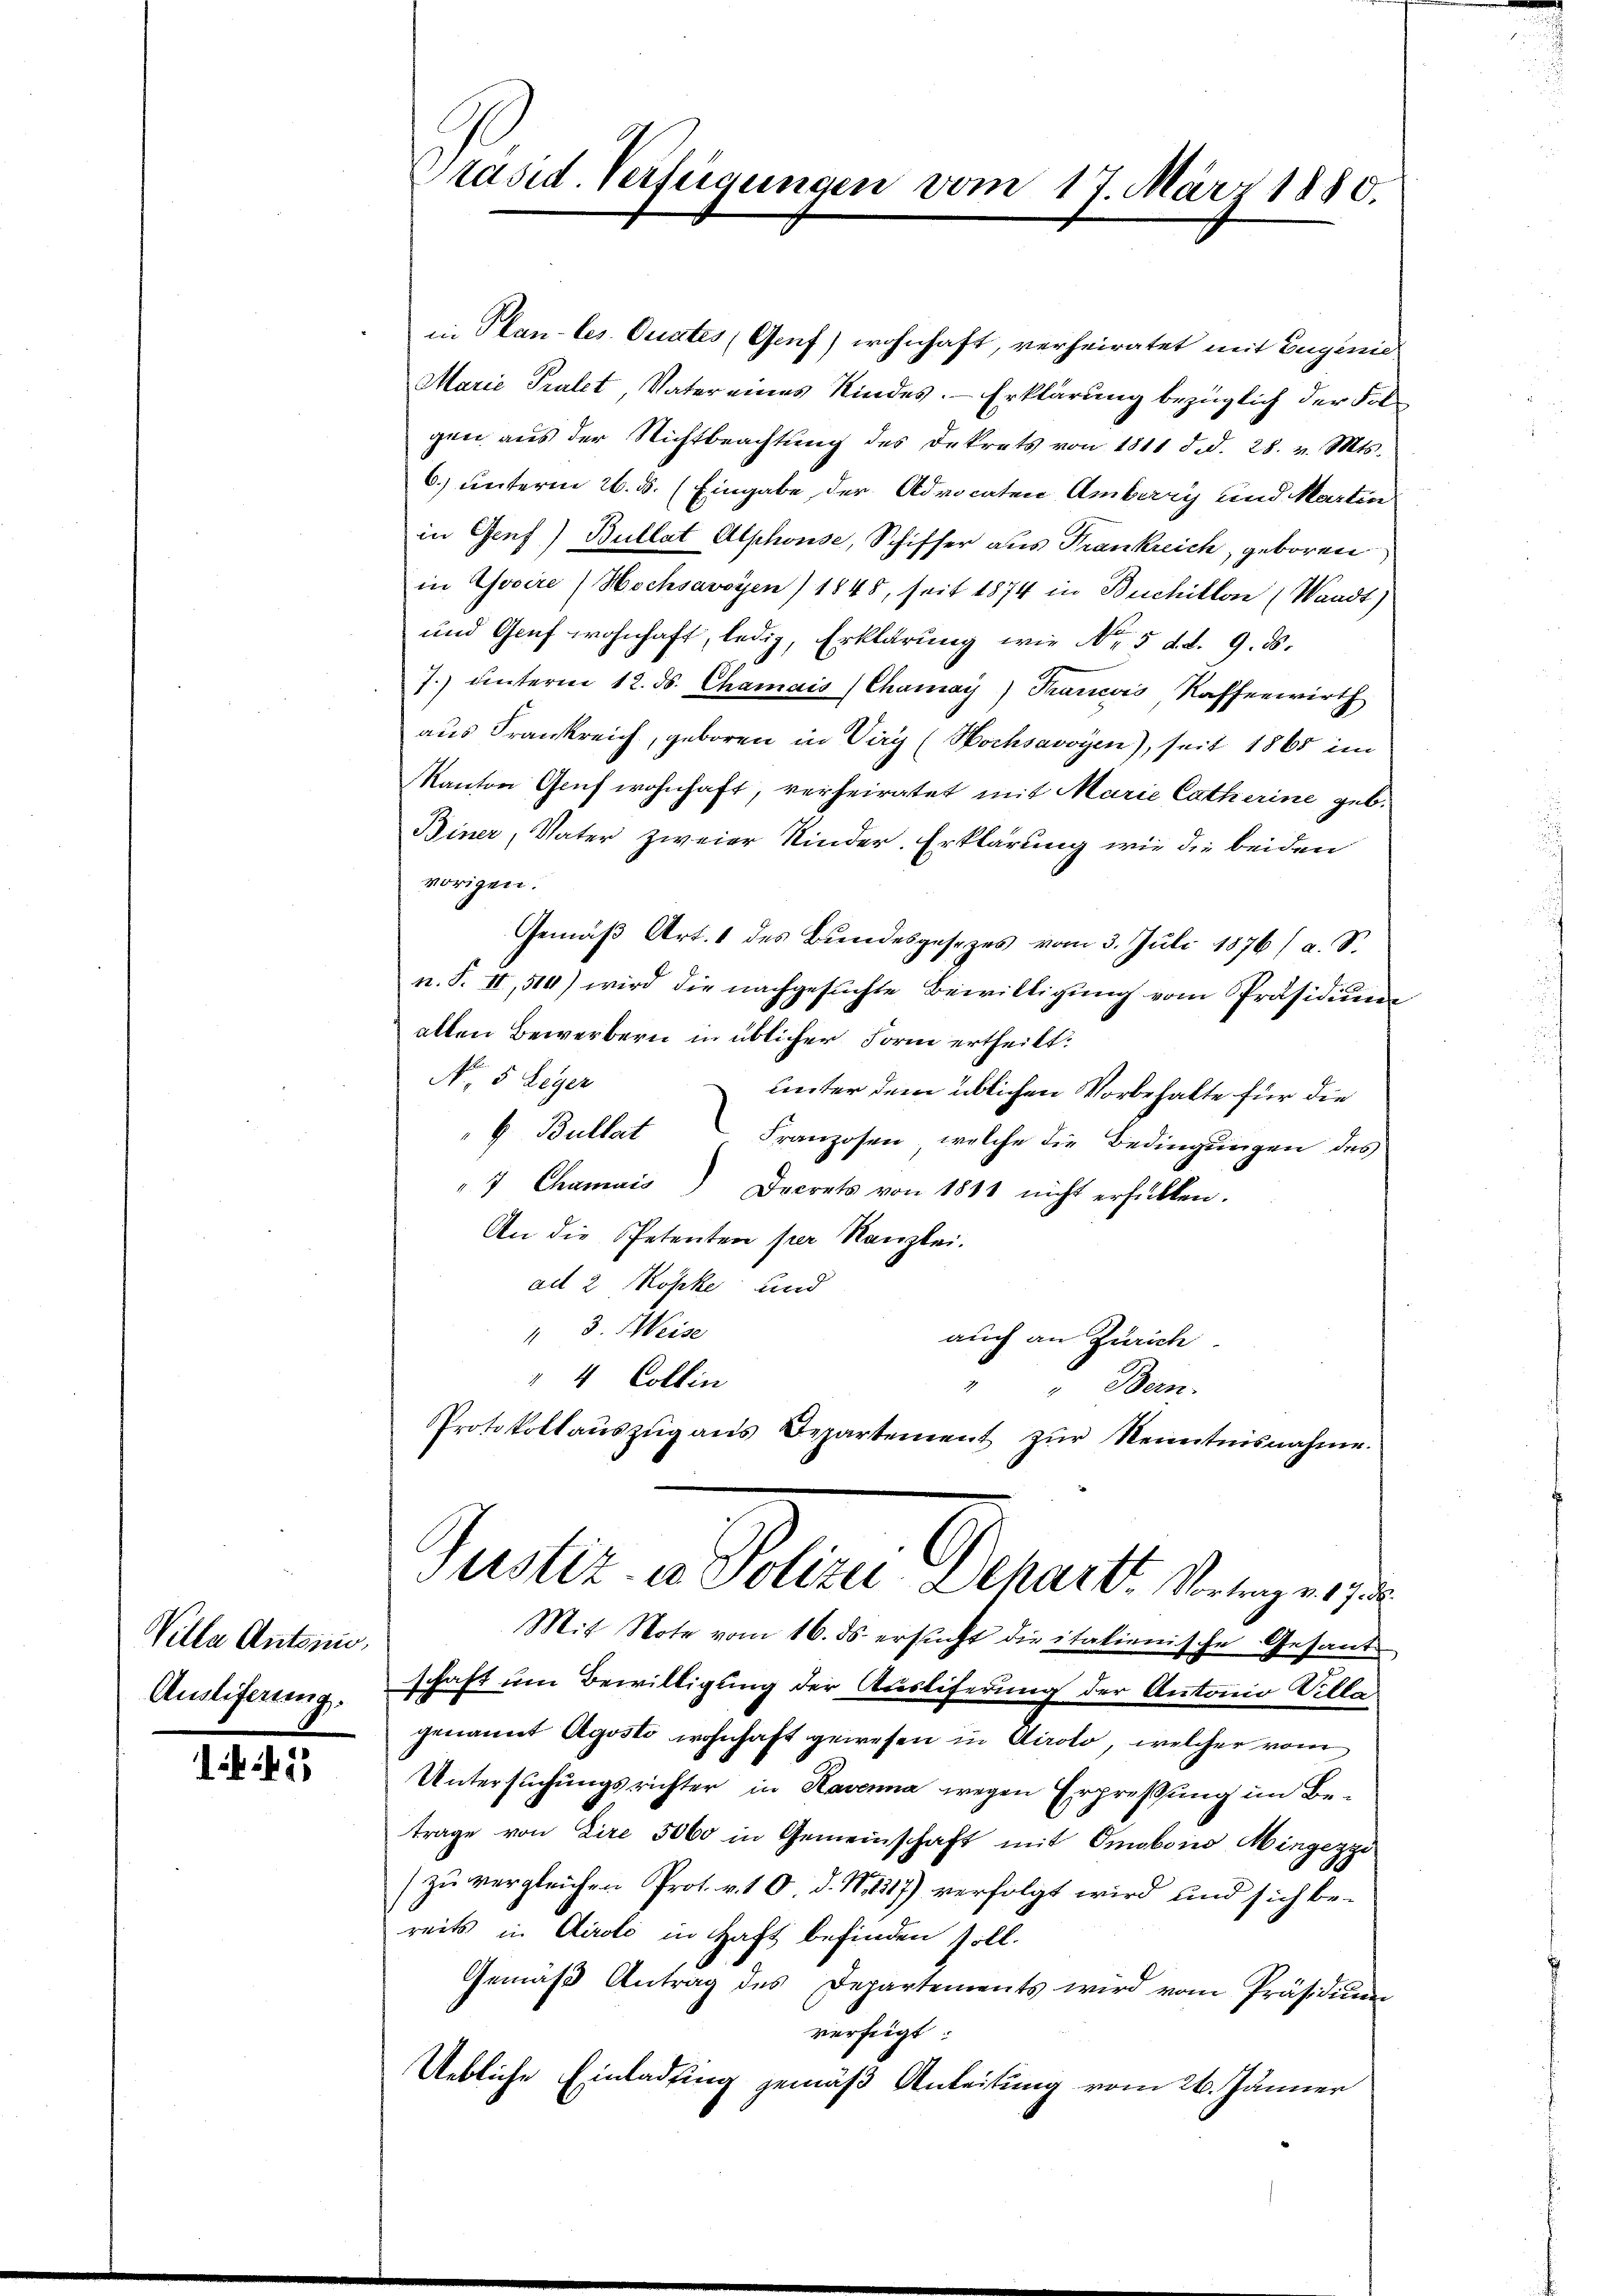
Ville Antoni,
Ausliferung.

42

Präsid. Verfügungen vom 17. März 1880.

in Plan-les. Quates (Genf) wohnhaft, verheiratet mit Eugenie
Marie Pratet, Vater eines Kindes. — Erklärung bezüglich der Folgen aus der Nichtbeachtŭng des Dekrets von 1811 d. d. 28. v. Mts.
6) unterm 26. ds. (Eingabe der Advocaten Amberry und Martin
in Genf) Bullat Alphonse, Schiffer aus Frankreich, geboren
in Govire Hochsavoyen) 1848, seit 1874 in Buchillon (Waadt)
und Genf wohnhaft, ledig, Erklärung wie No 5 dd. 9. d.
7.) unterm 12. ds. Chamais (Chamay) Trancois Kaffenwirth
aus Frankreich, geboren in Viry (Hochsavoyen), seit 1865 im
Kanton Graf wohnhaft, verheiratet mit Marie Catherine geb.
Biner, Vater zweier Kinder. Erklärung wie die beiden
vorigen.
Gemäß Art. 1 des Bundesgesezes vom 3. Juli 1876/ a. S.
n. F. II, 510) wird die nachgesŭchte Bewilligŭng vom Präsidiu
allen Bewerbern in üblicher Form ertheilt.
No 5 Leger
unter dem üblichen Vorbehalte für die
". Bullat Franzosen, welche die Bedingungen des
7 Chamuis) Decrets von 1811 nicht erfüllen.
An die Petenten per Kanzlei.
ad 2 Kopke und
" 3. Weise
auch an Zürich
" 4 Collin
2
Bern.
PProtokollaŭszŭg ans Departement zŭr Kenntnisnahme.

Mit Note vom 16. ds. ersucht die italienische Gesandschaft um Bewilligung der Ausliferung der Antonio Villa
genannt Agosto wohnhaft gewesen in Airolo, welcher vom
Untersuchungsrichter in Havanna wegen Erpressung im Betrage von Zire 5000 in Gemeinschaft mit Omobois Mingezzi
zu vergleichen Prot. v. 10 d. M. 1317) verfolgt wird und sich bereits in Airolo in Haft befinden soll.
Gemäß Antrag des Departements wird vom Präsidium
verfeigt
Uebliche Einladung gemäß Anleitung vom 26. Jänner

Justiz in Vollen Dechart vorge